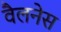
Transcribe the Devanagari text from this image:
वैलनेस